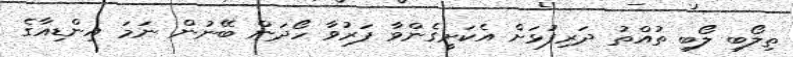
ތިލޯބި ލޯބި ތުއްތު ދަރިފުޅަށް އެކަށީގެންވާ ފަރުވާ ހޯދަން ބޭނުން ނަމަ އިންޑިއާގެ